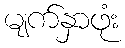
မျက်နှာဖုံး